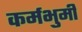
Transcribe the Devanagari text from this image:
कर्मभुमी